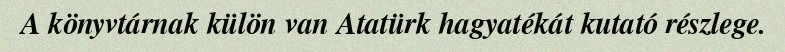
A könyvtárnak külön van Atatürk hagyatékát kutató részlege.